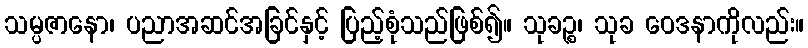
သမ္ပဇာနော၊ ပညာအဆင်အခြင်နှင့် ပြည့်စုံသည်ဖြစ်၍။ သုခဉ္စ၊ သုခ ဝေဒနာကိုလည်း။